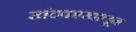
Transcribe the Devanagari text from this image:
खंदकाखालून